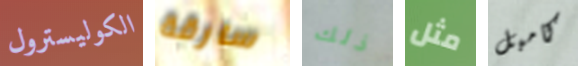
الكوليسترول سارقة ذلك مثل كامبل